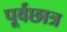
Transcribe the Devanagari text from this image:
पूर्वछात्र